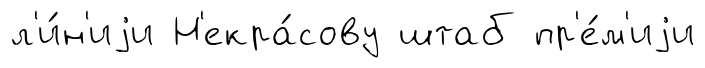
л'и́н'иjи Н'екра́сову штаб пр'е́м'иjи